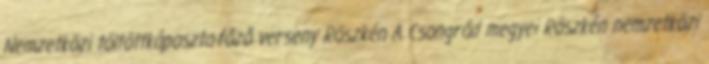
Nemzetközi töltöttkáposzta-főző verseny Röszkén A Csongrád megyei Röszkén nemzetközi